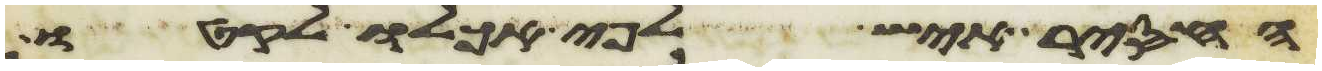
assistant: החסיר איש לפי אכלו לקטו